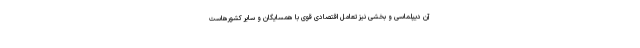
آن دیپلماسی و بخشی نیز تعامل اقتصادیِ قوی با همسایگان و سایر کشورهاست